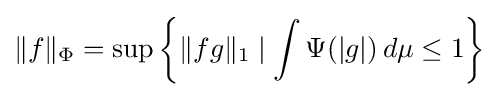
\|f\|_{\Phi }=\sup \left\{\|fg\|_{1}\mid \int \Psi (|g|)\,d\mu \leq 1\right\}